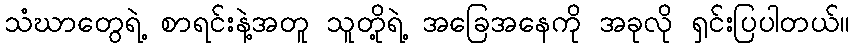
သံဃာတွေရဲ့ စာရင်းနဲ့အတူ သူတို့ရဲ့ အခြေအနေကို အခုလို ရှင်းပြပါတယ်။